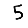
Digit: 5